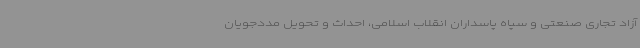
آزاد تجاری صنعتی و سپاه پاسداران انقلاب اسلامی، احداث و تحویل مددجویان